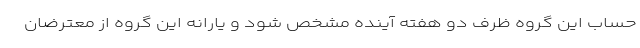
حساب این گروه ظرف دو هفته آینده مشخص شود و یارانه این گروه از معترضان